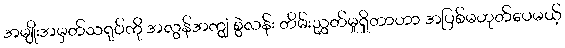
အမျိုးအမှတ်သရုပ်ကို အလွန်အကျွံ စွဲလန်း တိမ်းညွှတ်မှုရှိတာဟာ အပြစ်မဟုတ်ပေမယ့်